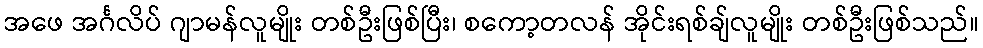
အဖေ အင်္ဂလိပ် ဂျာမန်လူမျိုး တစ်ဦးဖြစ်ပြီး၊ စကော့တလန် အိုင်းရစ်ချ်လူမျိုး တစ်ဦးဖြစ်သည်။